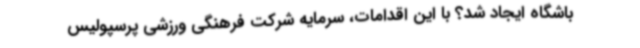
باشگاه ایجاد شد؟ با این اقدامات، سرمایه شرکت فرهنگی ورزشی پرسپولیس